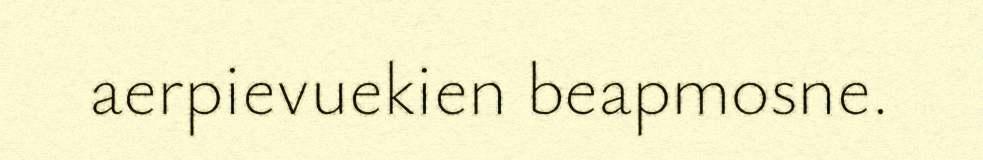
aerpievuekien beapmosne.